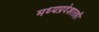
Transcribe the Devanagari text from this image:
मध्यप्रदेशातही